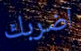
اضربك